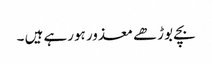
بچے بوڑھے معذور ہورہے ہیں ۔